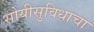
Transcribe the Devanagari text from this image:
सोयीसुविधाचा